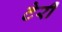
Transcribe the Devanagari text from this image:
टेर्री